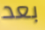
بعد